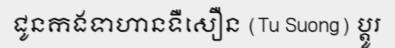
ជូនកងទាហានទឺសឿន (Tu Suong) ប្តូរ